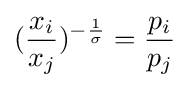
({\frac {x_{i}}{x_{j}}})^{-{\frac {1}{\sigma }}}={\frac {p_{i}}{p_{j}}}